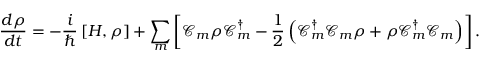
\frac { d \rho } { d t } = - \frac { i } { \hbar } \left[ H , \rho \right] + \sum _ { m } \left[ \mathcal { C } _ { m } \rho \mathcal { C } _ { m } ^ { \dagger } - \frac { 1 } { 2 } \left( \mathcal { C } _ { m } ^ { \dagger } \mathcal { C } _ { m } \rho + \rho \mathcal { C } _ { m } ^ { \dagger } \mathcal { C } _ { m } \right) \right] .